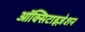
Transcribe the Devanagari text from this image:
ऑक्सिटाइज़ेशन